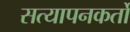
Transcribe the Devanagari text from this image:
सत्यापनकर्तों